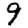
Digit: 9